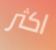
اكثر